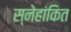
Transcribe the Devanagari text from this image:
स्नेहांकित